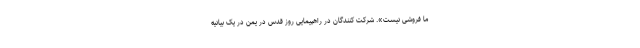
ما فروشی نیست». شرکت کنندگان در راهپیمایی روز قدس در یمن در یک بیانیه